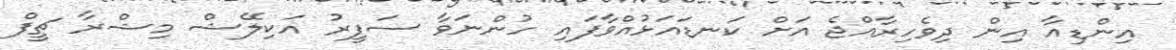
އިންޑިއާ އިން ދިވެހިރާއްޖެ އަށް ކަނޑައަޅުއްވާފައި ހުންނަވާ ސަފީރު އަކިލޭޝް މިޝްރާ ޗީފް